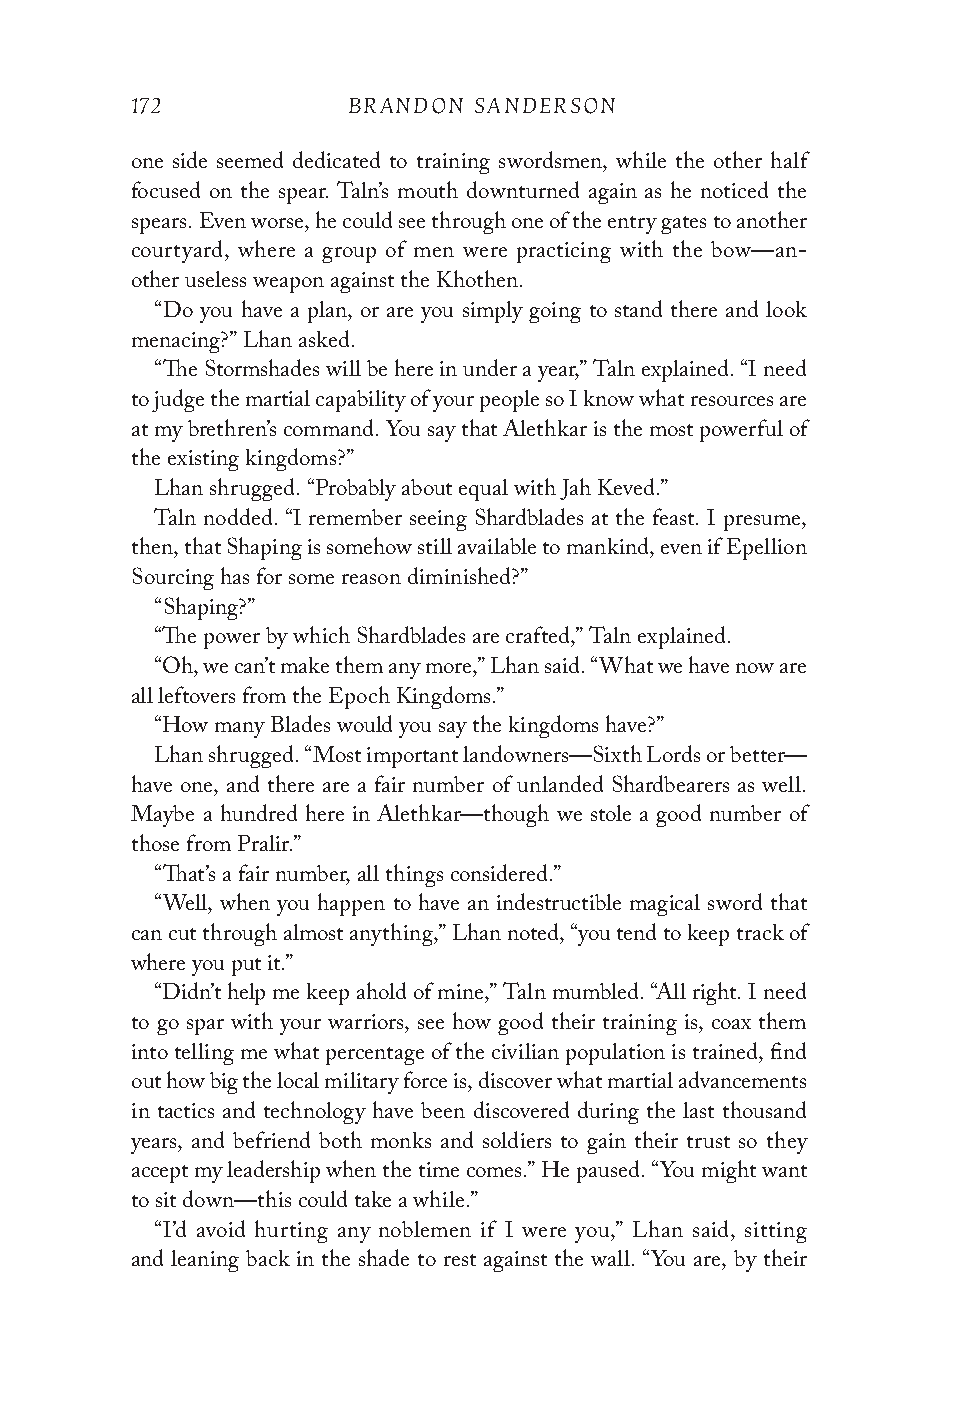
172           BRANDON SANDERSON
 one side seemed dedicated to training swordsmen, while the other half
 focused on the spear. Taln’s mouth downturned again as he noticed the
 spears. Even worse, he could see through one of the entry gates to another
 courtyard, where a group of men were practicing with the bow—an-
 other useless weapon against the Khothen.
 “Do you have a plan, or are you simply going to stand there and look
 menacing?” Lhan asked.
 “The Stormshades will be here in under a year,” Taln explained. “I need
 to judge the martial capability of your people so I know what resources are
 at my brethren’s command. You say that Alethkar is the most powerful of
 the existing kingdoms?”
 Lhan shrugged. “Probably about equal with Jah Keved.”
 Taln nodded. “I remember seeing Shardblades at the feast. I presume,
 then, that Shaping is somehow still available to mankind, even if Epellion
 Sourcing has for some reason diminished?”
 “Shaping?”
 “The power by which Shardblades are crafted,” Taln explained.
 “Oh, we can’t make them any more,” Lhan said. “What we have now are
 all leftovers from the Epoch Kingdoms.”
 “How many Blades would you say the kingdoms have?”
 Lhan shrugged. “Most important landowners—Sixth Lords or better—
 have one, and there are a fair number of unlanded Shardbearers as well.
 Maybe a hundred here in Alethkar—though we stole a good number of
 those from Pralir.”
 “That’s a fair number, all things considered.”
 “Well, when you happen to have an indestructible magical sword that
 can cut through almost anything,” Lhan noted, “you tend to keep track of
 where you put it.”
 “Didn’t help me keep ahold of mine,” Taln mumbled. “All right. I need
 to go spar with your warriors, see how good their training is, coax them
 into telling me what percentage of the civilian population is trained, find
 out how big the local military force is, discover what martial advancements
 in tactics and technology have been discovered during the last thousand
 years, and befriend both monks and soldiers to gain their trust so they
 accept my leadership when the time comes.” He paused. “You might want
 to sit down—this could take a while.”
 “I’d avoid hurting any noblemen if I were you,” Lhan said, sitting
 and leaning back in the shade to rest against the wall. “You are, by their